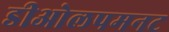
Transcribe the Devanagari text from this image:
डीओलपमनट